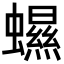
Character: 䗾